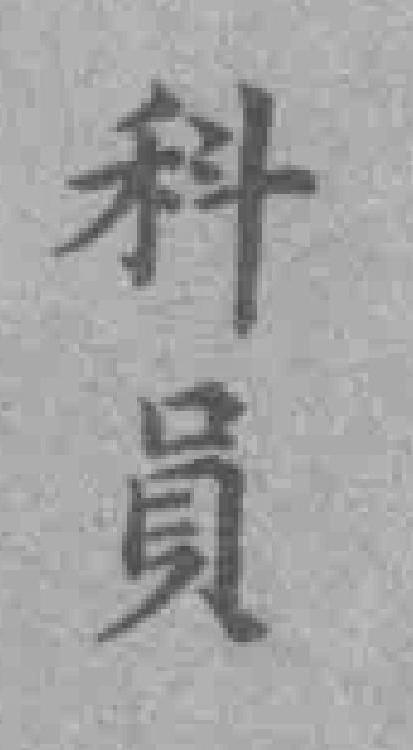
科員